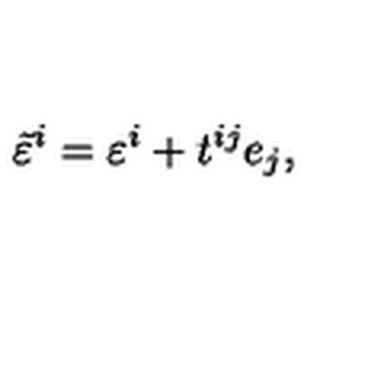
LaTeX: \tilde { \varepsilon } ^ { i } = \varepsilon ^ { i } + t ^ { i j } e _ { j } ,